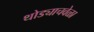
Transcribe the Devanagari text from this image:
थोड्याचवेळा